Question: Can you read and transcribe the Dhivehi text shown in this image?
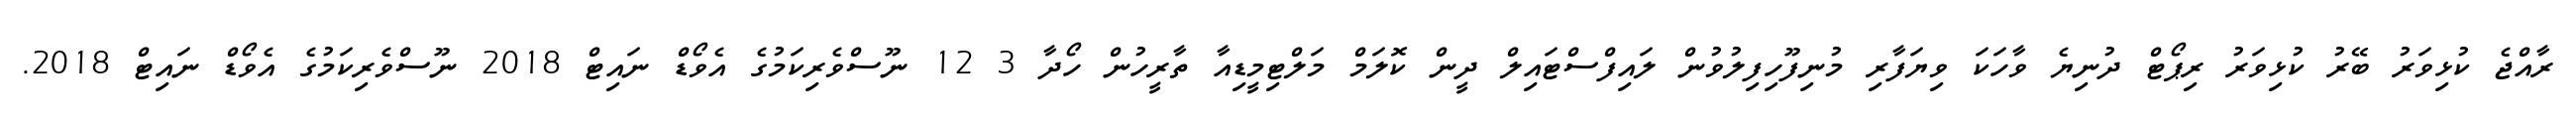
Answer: ރާއްޖެ ކުޅިވަރު ބޭރު ކުޅިވަރު ރިޕޯޓް ދުނިޔެ ވާހަކަ ވިޔަފާރި މުނިފޫހިފިލުވުން ލައިފްސްޓައިލް ދީން ކޮލަމް މަލްޓިމީޑިއާ ތާރީހުން ހޯދާ 3 12 ނޫސްވެރިކަމުގެ އެވޯޑް ނައިޓް 2018 ނޫސްވެރިކަމުގެ އެވޯޑް ނައިޓް 2018.